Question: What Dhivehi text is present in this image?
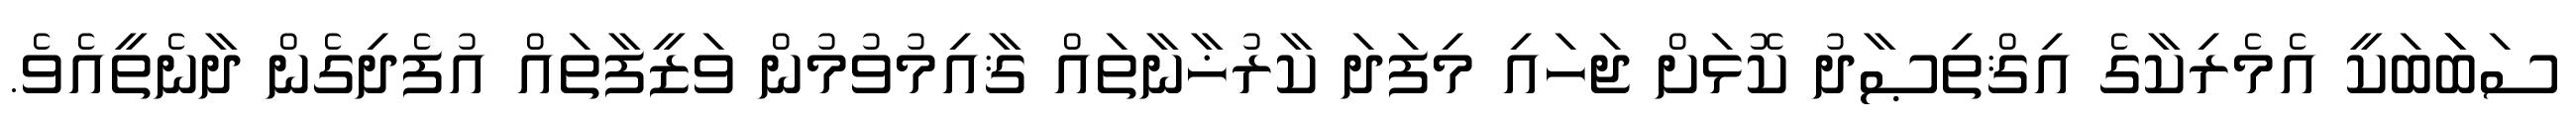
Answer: ސަބަަބަކީ އެމެރިކާގެ އިޤްތިޞާދު ކޮޅަށް ޖަހައި މިފަދަ ކާރުޚާނާތައް ޤާއިމުވުމުން ވަޒީފާތައް އުފެދިގެން ދާނެތީއެވެ.